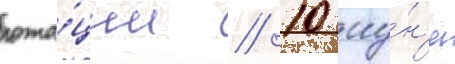
рота́ции // 10 иу́н'я